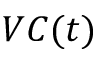
V C ( t )